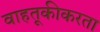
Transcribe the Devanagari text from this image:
वाहतूकीकरता